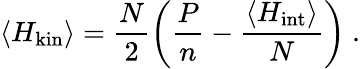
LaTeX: \langle H_{\mathrm{kin}}\rangle=\frac{N}{2}\left(\frac{P}{n}-\frac{\langle H_{\mathrm{int}}\rangle}{N}\right)\ .